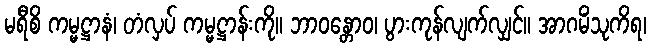
မရီစိ ကမ္မဋ္ဌာနံ၊ တံလှပ် ကမ္မဋ္ဌာန်းကို။ ဘာဝန္တောဝ၊ ပွားကုန်လျက်လျှင်။ အာဂမိံသုကိရ၊